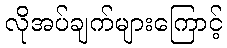
လိုအပ်ချက်များကြောင့်